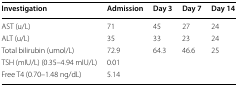
| Investigation | Admission | Day 3 | Day 7 | Day 14 |
 | --- | --- | --- | --- | --- |
 | AST (u/L) | 71 | 45 | 27 | 24 |
 | ALT (u/L) | 35 | 33 | 23 | 24 |
 | Total bilirubin (umol/L) | 72.9 | 64.3 | 46.6 | 25 |
 | TSH (mIU/L) (0.35–4.94 mIU/L) | 0.01 |  |  |  |
 | Free T4 (0.70–1.48 ng/dL) | 5.14 |  |  |  |